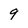
Character: 9